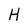
Character: H